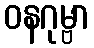
ဝနဂုမ္ဗာ